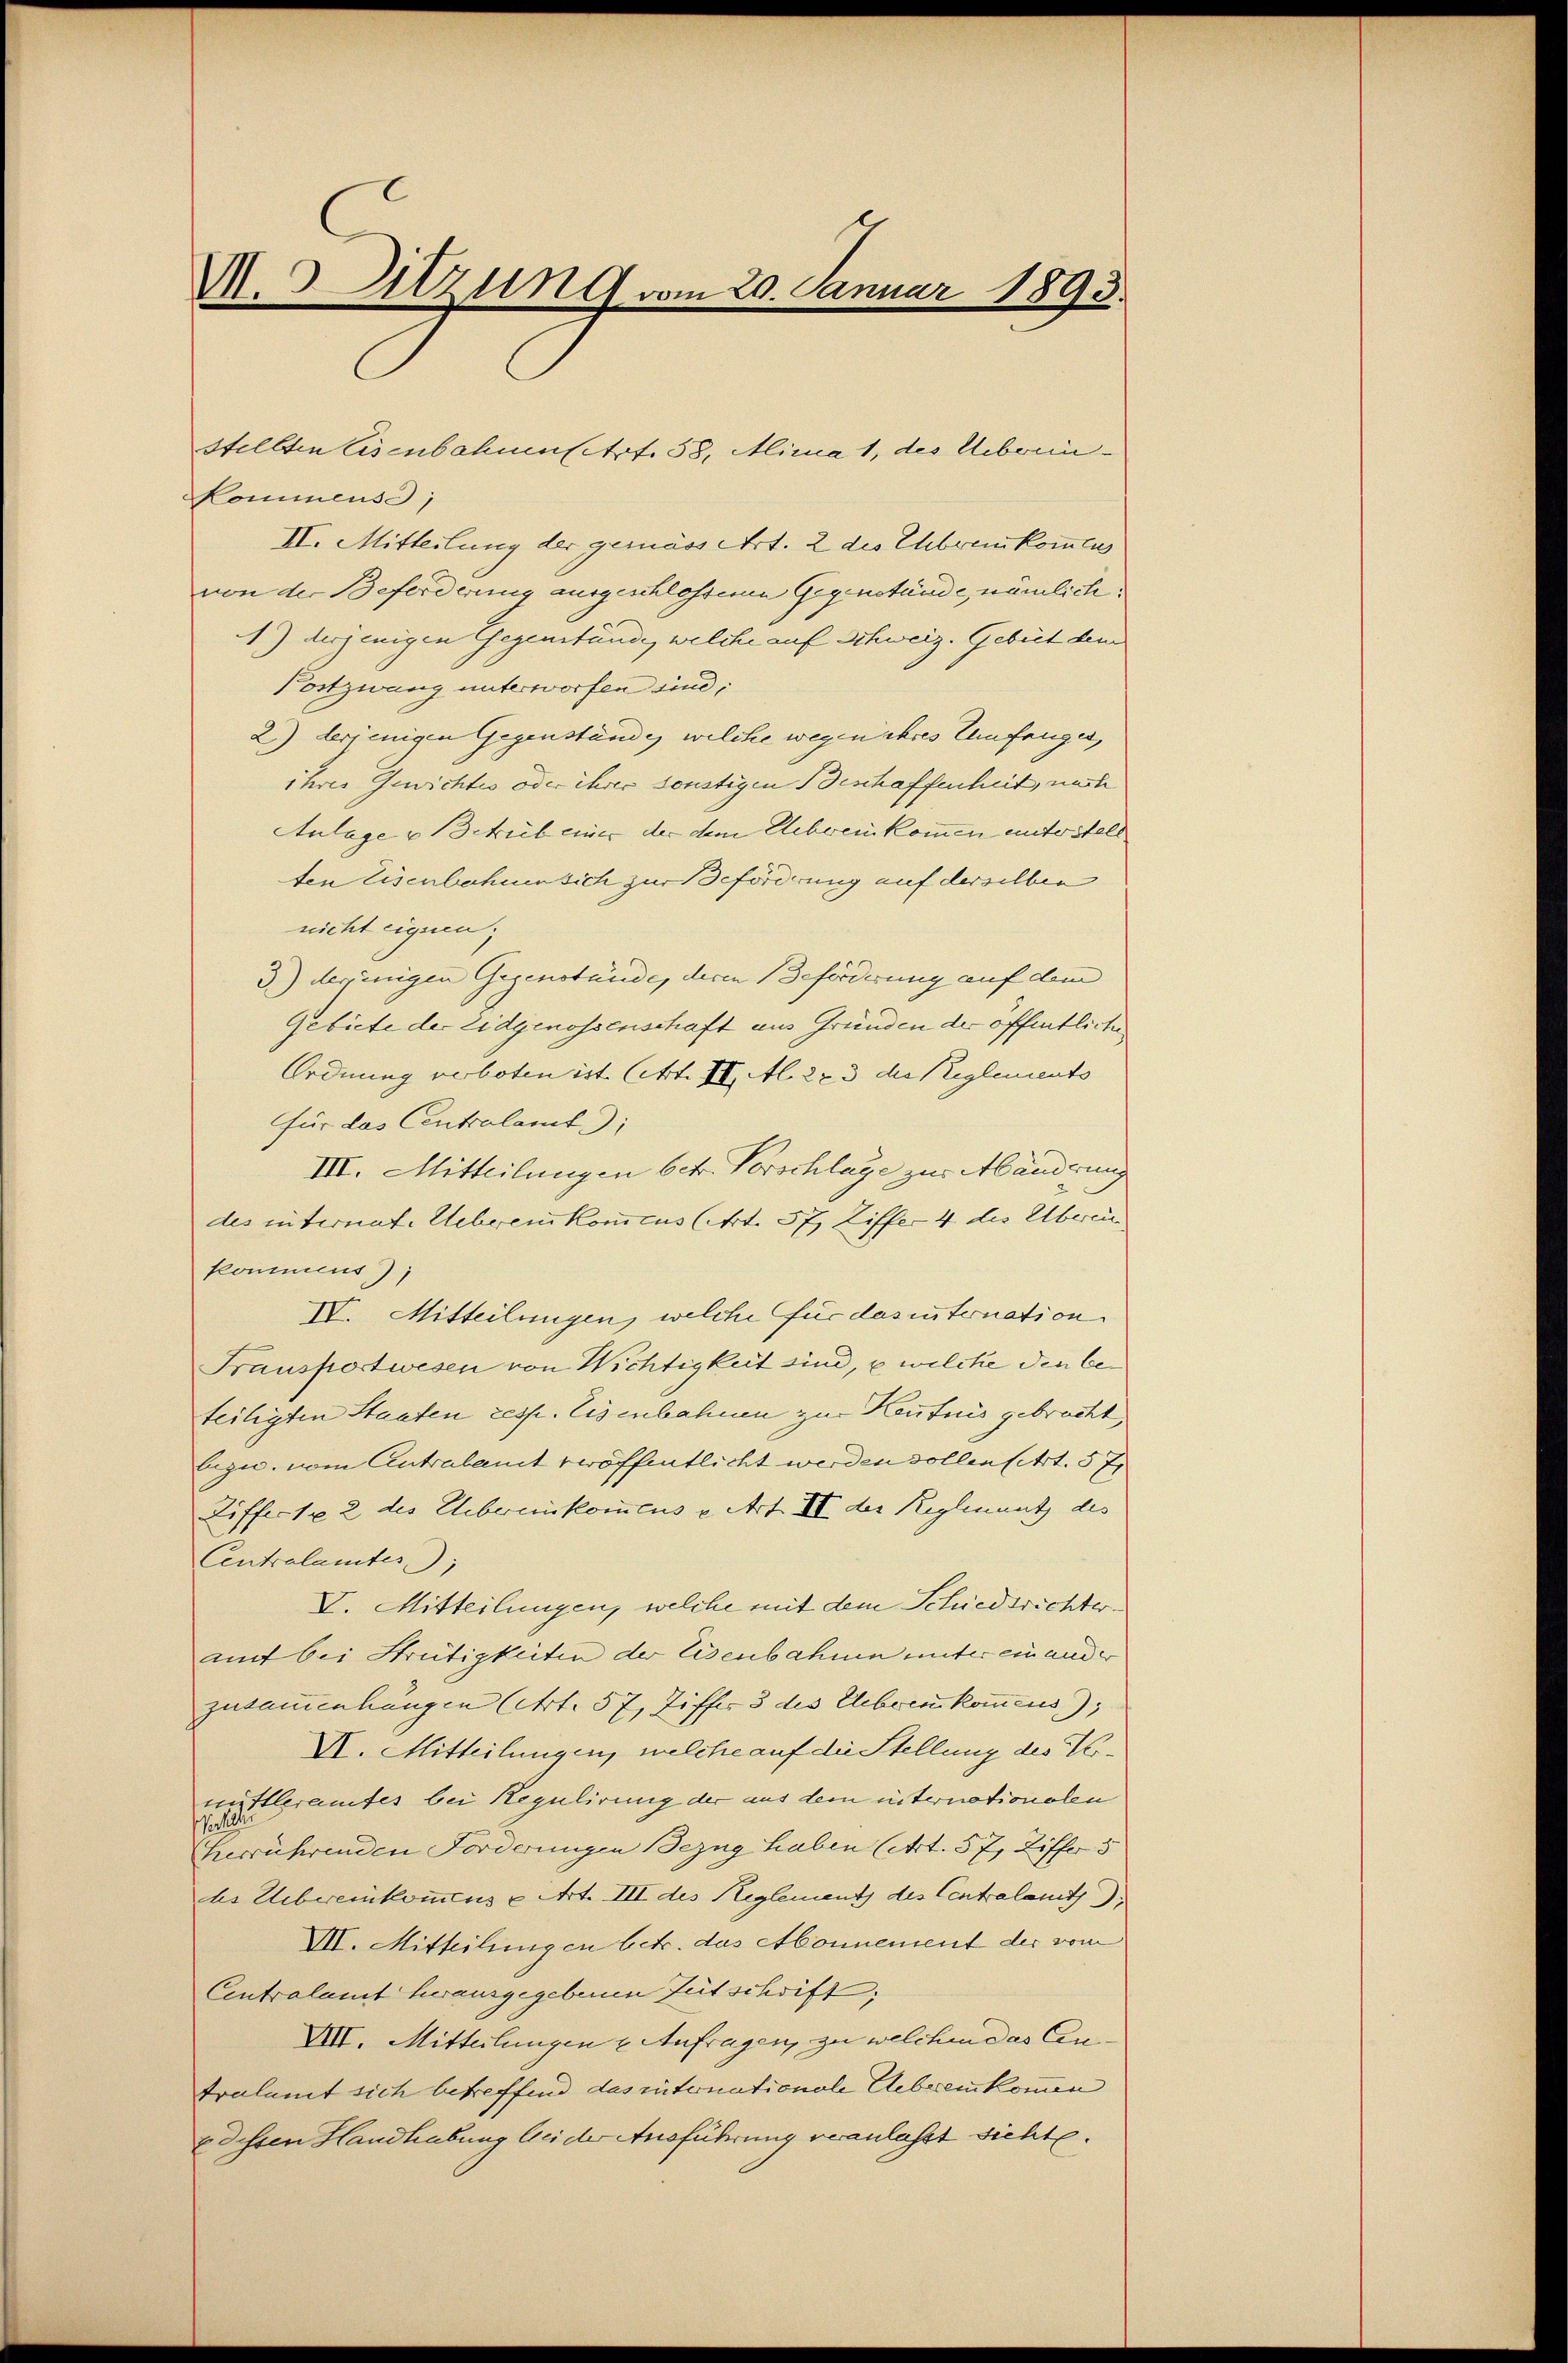
M. Sitzung vom 20. Januar 1893.

Kommens,
II. Mitteilung der gemäss Art. 2 des Ehebraukommens
von der Beforderung ausgeschlossenen Gegenstände, nämlich
4) derjenigen Gegenstände, welche auf Schweiz. Gebet dem
Postzwang unterworfen sind,
2) derjenigen Gegenständig welche wegen ihres Unfenges,
ihrer Gewichtes oder ihres sonstigen Beschaffenheit, nach
Anlage u Betrieb einer der dem Uebereinkommen unterstell
ten Eisenbahnensich zur Beförderung auf derselben
nicht eignen;
3.) dereinigen Gegenstände, deren Beförderung auf dem
Gebiete der Eidgenossenschaft aus Gründen der öffentliche
Ordnung verboten ist (Art. II. Al. 273 die Reglements
für das Centralamt
III. Mitteilungen betr. Vorschlage zur Abänderung
des internat. Uebereikomcus (Art. 57, Ziffer 4 des Überei
kommens),
IV. Mitteilungen, welche für das internation.
Fransportwesen von Wichtigkeit sind, u welche den beteiligten Staaten resp. Eisenbahnen zur Kentnis gebracht,
beguc. vom Antralamt veröffentlicht werden sollen sehrt. 57
Ziffer 1 x 2 des Uebereinkonicus u. Art. III der Reglement des
Centralamtes;
V. Mitteilungen, welche mit dem Schiedsrichter.
auf bei Strütigkeiten der Eisenbahnen unter ein ande
zusammenhängen Art. 57, Ziffer 3 des Ueber kommens);
VII. Mitteilungen, welche auf die Stellung des Verun Illeramtes bei Regulirung der aus dem internationalen
herrührenden Forderungen Bezug haben (Art. 57, Ziffer 5
bs Uebereinkommens u Art. III des Reglement des Centalamt
VII. Mitteilungen betr. das Abonnement der vom
Centralamt herausgegebenen Gut schrift,
XVIII. Mitteilungen u Anfragen, zu welchen das Centralamt sich betreffend das intonationale Uebereinkommen
edessen Handhabung bei der Ausführung veranlasst sichte.

stellten Eisenbahnenstraf. 58, Mina 1, des Ueberein-